Indian journal of veterinary science and animal husbandry - Volumes 22-23, 1952-1953
Year: 1952
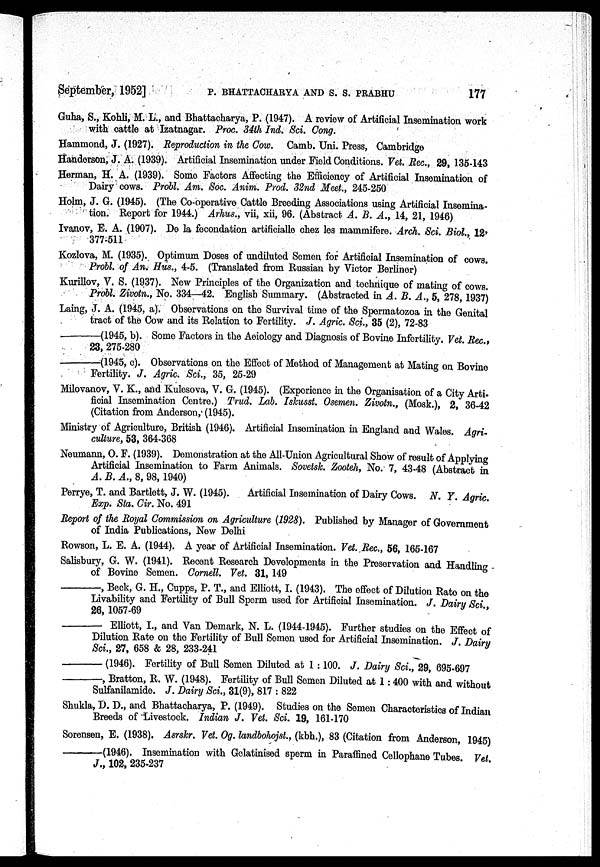
September, 1952] P. BHATTACHARYA AND S. S. PRABHU 177
Guha, S., Kohli, M. L., and Bhattacharya, P. (1947). A review of Artificial Insemination work
with cattle at Izatnagar. Proc. 34th Ind. Sci. Cong.
Hammond, J. (1927). Reproduction in the Cow. Camb. Uni. Press, Cambridge
Handerson, J. A. (1939). Artificial Insemination under Field Conditions, Vet. Rec., 29, 135-143
Herman, H. A. (1939). Some Factors Affecting the Efficiency of Artificial Insemination of
Dairy cows. Probl. Am. Soc. Anim. Prod. 32nd Meet., 245-250
Holm, J. G. (1945). (The Co-operative Cattle Breeding Associations using Artificial Insemina-
tion; Report for 1944.) Arhus., vii, xii, 96. (Abstract A. B. A., 14, 21, 1946)
Ivanov, E. A. (1907). De la fecondation artificialle chez les mammifere. Arch. Sci. Biol., 12,
377-511
Kozlova, M. (1935). Optimum Doses of undiluted Semen for Artificial Insemination of cows.
Probl. of An. Hus., 4-5. (Translated from Russian by Victor Berliner)
Kurillov, V. S. (1937). New Principles of the Organization and technique of mating of cows.
Probl. Zivotn., No. 334—42. English Summary. (Abstracted in A. B. A., 5, 278, 1937)
Laing, J. A. (1945, a). Observations on the Survival time of the Spermatozoa in the Genital
tract of the Cow and its Relation to Fertility. J. Agric. Sci., 35 (2), 72-83
—
(1945, b). Some Factors in the Aeiology and Diagnosis of Bovine Infertility. Vet. Rec.,
23, 275-280
—
(1945, c). Observations on the Effect of Method of Management at Mating on Bovine
Fertility. J. Agric. Sci., 35, 25-29
Milovanov, V. K., and Kulesova, V. G. (1945). (Experience in the Organisation of a City Arti.
ficial Insemination Centre.) Trud. Lab. Iskusst. Osemen. Zivotn., (Mosk.), 2, 36-42
(Citation from Anderson, (1945).
Ministry of Agriculture, British (1946). Artificial Insemination in England and Wales. Agri-
culture, 53, 364-368
Neumann, O. F. (1939). Demonstration at the All-Union Agricultural Show of result of Applying
Artificial Insemination to Farm Animals. Sovetsk. Zooteh, No. 7, 43-48 (Abstract in
A. B. A., 8, 98, 1940)
Perrye, T. and Bartlett, J. W. (1945). Artificial Insemination of Dairy Cows. N. Y. Agric
Exp. Sta. Cir. No. 491
Report of the Royal Commission on Agriculture (1928). Published by Manager of Government
of India Publications, New Delhi
Rowson, L. E. A. (1944). A year of Artificial Insemination. Vet. Rec., 56, 165-167
Salisbury, G. W. (1941). Recent Research Developments in the Preservation and Handling -
of Bovine Semen. Cornell. Vet. 31, 149
—,
Beck, G. H., Cupps, P. T., and Elliott, I. (1943). The effect of Dilution Rate on the
Livability and Fertility of Bull Sperm used for Artificial Insemination. J. Dairy Sci.,
26, 1057-69
—
Elliott, I., and Van Demark, N. L. (1944-1945). Further studies on the Effect of
Dilution Rate on the Fertility of Bull Semen used for Artificial Insemination. J. Dairy
Sci., 27, 658 & 28, 233-241
—(1946).
Fertility of Bull Semen Diluted at 1:100. J. Dairy Sci., 29, 695-697
—,
Bratton, R. W. (1948). Fertility of Bull Semen Diluted at 1 : 400 with and without
Sulfanilamide. J. Dairy Sci., 31(9), 817 : 822
Shukla, D. D., and Bhattacharya, P. (1949). Studies on the Semen Characteristics of Indian
Breeds of Livestock. Indian J. Vet. Sci. 19, 161-170
Sorensen, E. (1938). Asrskr. Vet. Og. landbohojst., (kbh.), 83 (Citation from Anderson, 1945)
—
(1946). Insemination with Gelatinised sperm in Paraffined Cellophane Tubes. Vet.
J., 102, 235-237